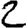
Digit: 2